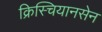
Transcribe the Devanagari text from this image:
क्रिस्चियानसेन